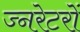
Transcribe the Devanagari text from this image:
ज्नरेटरों